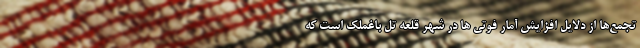
تجمع‌ها از دلایل افزایش آمار فوتی ها در شهر قلعه تل باغملک است که